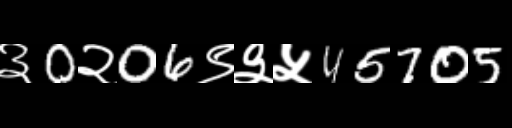
Text: ३0२06९३५45705